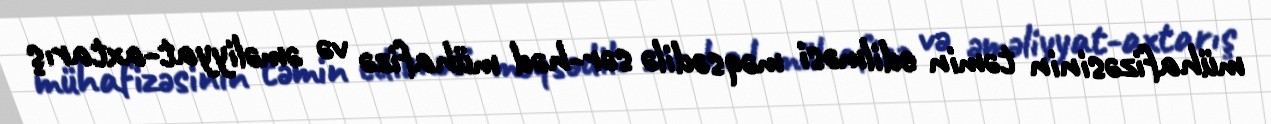
mühafizəsinin təmin edilməsi məqsədilə sər­həd mühafizə və əməliyyat-axtarış